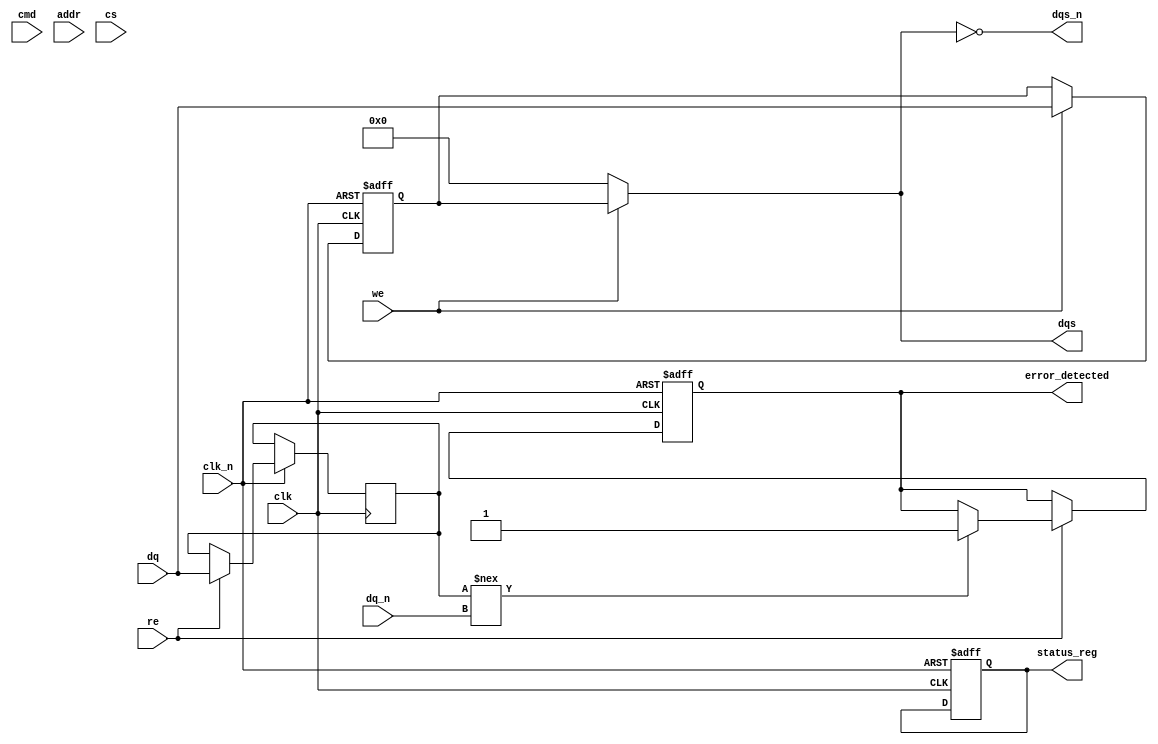
module gddr6_io_block #(
    parameter DATA_WIDTH = 32, // Can be 16, 32, or 64
    parameter CLK_FREQ = 1600,  // Clock frequency in MHz
    parameter VDD = 1.35,       // Supply voltage
    parameter VIO = 0.6         // I/O voltage
)(
    // Differential clock signals
    input wire clk,
    input wire clk_n,

    // Data signals (differential pairs)
    input wire [DATA_WIDTH-1:0] dq,
    input wire [DATA_WIDTH-1:0] dq_n,

    // Control signals
    input wire [3:0] cmd,       // Command signals
    input wire [15:0] addr,     // Address signals
    input wire cs,              // Chip Select
    input wire we,              // Write Enable
    input wire re,              // Read Enable

    // Feedback signals
    output wire [DATA_WIDTH-1:0] dqs,    // Data Strobe
    output wire [DATA_WIDTH-1:0] dqs_n,  // Inverted Data Strobe

    // Status signals
    output reg error_detected, // Error detection flag
    output reg [7:0] status_reg // Status register
);

// Internal signals
reg [DATA_WIDTH-1:0] data_out;
reg [DATA_WIDTH-1:0] data_in;
reg [3:0] cmd_reg;
reg [15:0] addr_reg;

// Clock/Data Recovery (CDR) logic
always @(posedge clk or negedge clk_n) begin
    if (!clk_n) begin
        // Reset logic
        data_out <= 0;
        error_detected <= 0;
        status_reg <= 0;
    end else begin
        // Sample data on rising edge of clk
        if (re) begin
            data_in <= dq; // Read data
            // Simulate error detection
            if (data_in !== dq_n) begin
                error_detected <= 1; // Error detected
            end
        end
        if (we) begin
            data_out <= dq; // Write data
        end
        // Update command and address registers
        cmd_reg <= cmd;
        addr_reg <= addr;
    end
end

// Generate DQS and DQS_N signals
assign dqs = (we) ? data_out : {DATA_WIDTH{1'b0}}; // Example logic for DQS
assign dqs_n = ~dqs; // Inverted DQS

// Power management and configuration logic can be added here

endmodule